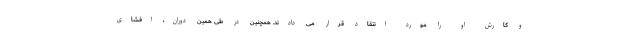
و کارش او را مورد انتقاد قرار می دادند. همچنین در طی همین دوران، افشای